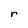
Character: r